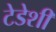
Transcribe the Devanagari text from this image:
टेडेशी